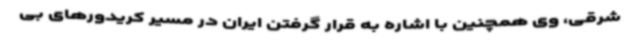
شرقی، وی همچنین با اشاره به قرار گرفتن ایران در مسیر کریدورهای بی